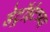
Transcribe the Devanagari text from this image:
डेट्रॉईटच्या